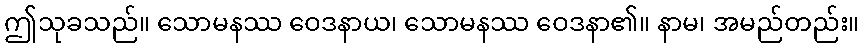
ဤသုခသည်။ သောမနဿ ဝေဒနာယ၊ သောမနဿ ဝေဒနာ၏။ နာမ၊ အမည်တည်း။